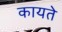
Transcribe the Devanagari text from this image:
कायते